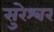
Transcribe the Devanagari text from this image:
सुरेश्‍वर